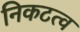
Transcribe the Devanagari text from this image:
निकटत्व